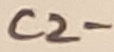
Text: C2-